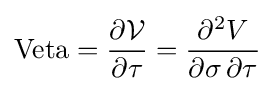
{\text{Veta}}={\frac {\partial {\mathcal {V}}}{\partial \tau }}={\frac {\partial ^{2}V}{\partial \sigma \,\partial \tau }}